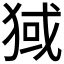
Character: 𬌶